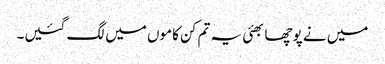
میں نے پوچھا بھئی یہ تم کن کاموں میں لگ گئیں۔